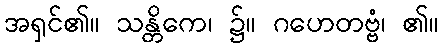
အရှင်၏။ သန္တိကေ၊ ၌။ ဂဟေတဗ္ဗံ၊ ၏။